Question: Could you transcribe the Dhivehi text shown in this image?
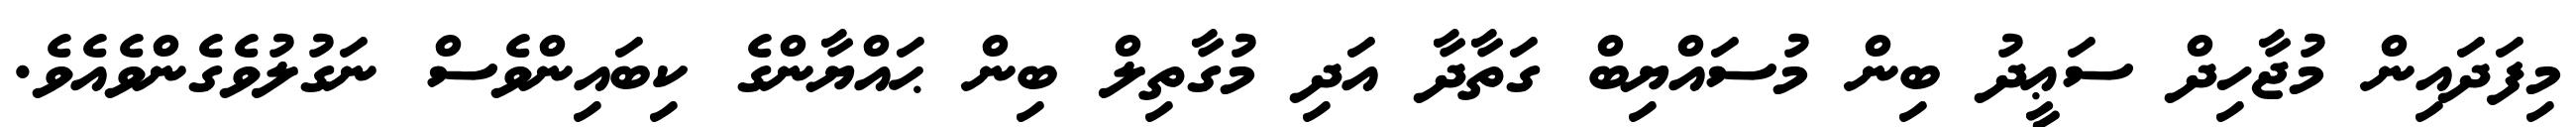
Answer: މިފަދައިން މުޖާހިދް ސަޢީދު ބިން މުސައްޔިބް ގަތާދާ އަދި މުގާތިލް ބިން ޙައްޔާންގެ ކިބައިންވެސް ނަގުލުވެގެންވެއެވެ.